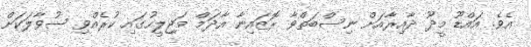
އެވެ. އައްޑޫ މީދޫ ދާއިރާއަށް ނިސްބަތްވާ ރޮޒައިނާ އާދަމް މަޖިލީހުގައި ކުރެއްވި ސުވާލަކަށް